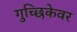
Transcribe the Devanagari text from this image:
गुच्छिकेवर